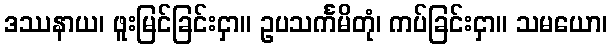
ဒဿနာယ၊ ဖူးမြင်ခြင်းငှာ။ ဥပသင်္ကမိတုံ၊ ကပ်ခြင်းငှာ။ သမယော၊